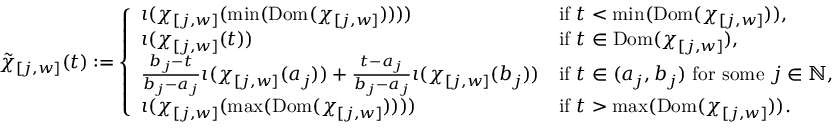
\tilde { \chi } _ { [ j , w ] } ( t ) : = \left\{ \begin{array} { l l } { \iota ( \chi _ { [ j , w ] } ( \operatorname* { m i n } ( \mathrm { D o m } ( \chi _ { [ j , w ] } ) ) ) ) } & { \mathrm { i f ~ } t < \operatorname* { m i n } ( \mathrm { D o m } ( \chi _ { [ j , w ] } ) ) , } \\ { \iota ( \chi _ { [ j , w ] } ( t ) ) } & { \mathrm { i f ~ } t \in \mathrm { D o m } ( \chi _ { [ j , w ] } ) , } \\ { \frac { b _ { j } - t } { b _ { j } - a _ { j } } \iota ( \chi _ { [ j , w ] } ( a _ { j } ) ) + \frac { t - a _ { j } } { b _ { j } - a _ { j } } \iota ( \chi _ { [ j , w ] } ( b _ { j } ) ) } & { \mathrm { i f ~ } t \in ( a _ { j } , b _ { j } ) \mathrm { ~ f o r ~ s o m e ~ } j \in \mathbb { N } , } \\ { \iota ( \chi _ { [ j , w ] } ( \operatorname* { m a x } ( \mathrm { D o m } ( \chi _ { [ j , w ] } ) ) ) ) } & { \mathrm { i f ~ } t > \operatorname* { m a x } ( \mathrm { D o m } ( \chi _ { [ j , w ] } ) ) . } \end{array} \right.